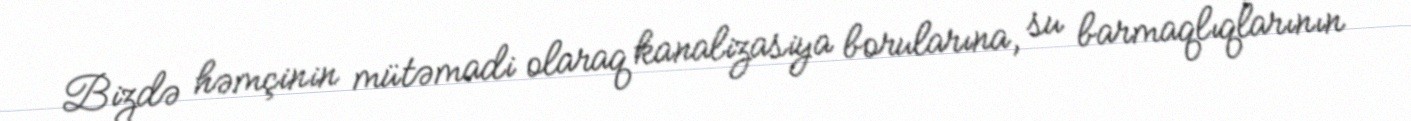
Bizdə həmçinin mütəmadi olaraq kanalizasiya borularına, su barmaqlıqlarının